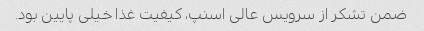
ضمن تشکر از سرویس عالی اسنپ، کیفیت غذا خیلی پایین بود.